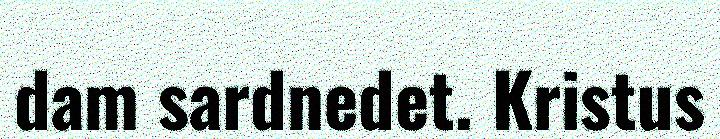
dam sardnedet. Kristus